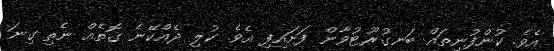
އެވެ. ކުންފުނިތައް ބަނގުރޫޓުވާން ފަށައިފި އެވެ. ކުލި ދެއްކޭނެ ގޮތެއް ނެތި ގިނަ